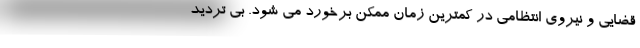
قضایی و نیروی انتظامی در کمترین زمان ممکن برخورد می شود. بی تردید